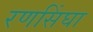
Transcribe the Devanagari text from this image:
रणसिंघा